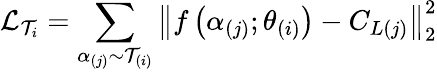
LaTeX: \mathcal{L}_{\mathcal{T}_{i}}=\sum_{\alpha_{(j)}\sim\mathcal{T}_{(i)}}\left\| f\left(\alpha_{(j)};\theta_{(i)}\right)-C_{L(j)}\right\| _{2}^{2}